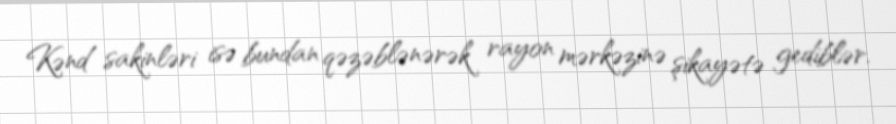
Kənd sakinləri isə bundan qəzəblənərək rayon mərkəzinə şikayətə gediblər.